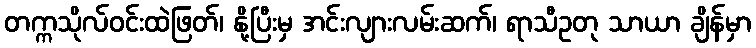
တက္ကသိုလ်ဝင်းထဲဖြတ်၊ နို့ပြီးမှ အင်းလျားလမ်းဆက်၊ ရာသီဥတု သာယာ ချိန်မှာ